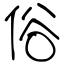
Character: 俗